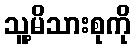
သူ့မိသားစုကို